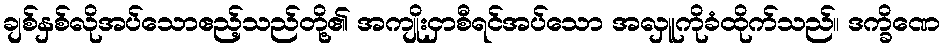
ချစ်နှစ်လိုအပ်သောဧည့်သည်တို့၏ အကျိုးငှာစီရင်အပ်သော အလှူကိုခံထိုက်သည်။ ဒက္ခိဏေ